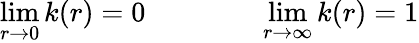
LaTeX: \operatorname*{lim}_{r\rightarrow 0}k(r)=0\qquad\qquad\operatorname*{lim}_{r\rightarrow\infty}k(r)=1